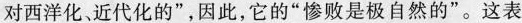
对西洋化，近代化的”，因此，它的”惨败是极自然的”。这表